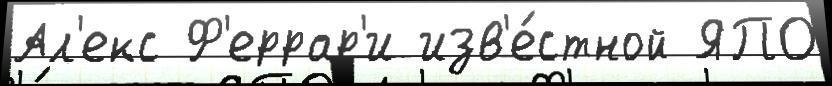
Ал'екс Ф'еррар'и изв'е́стной ЯПО